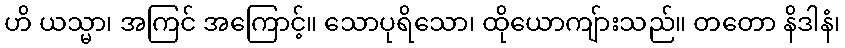
ဟိ ယသ္မာ၊ အကြင် အကြောင့်။ သောပုရိသော၊ ထိုယောကျ်ားသည်။ တတော နိဒါနံ၊